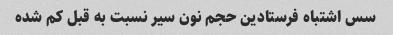
سس اشتباه فرستادین حجم نون سیر نسبت به قبل کم شده